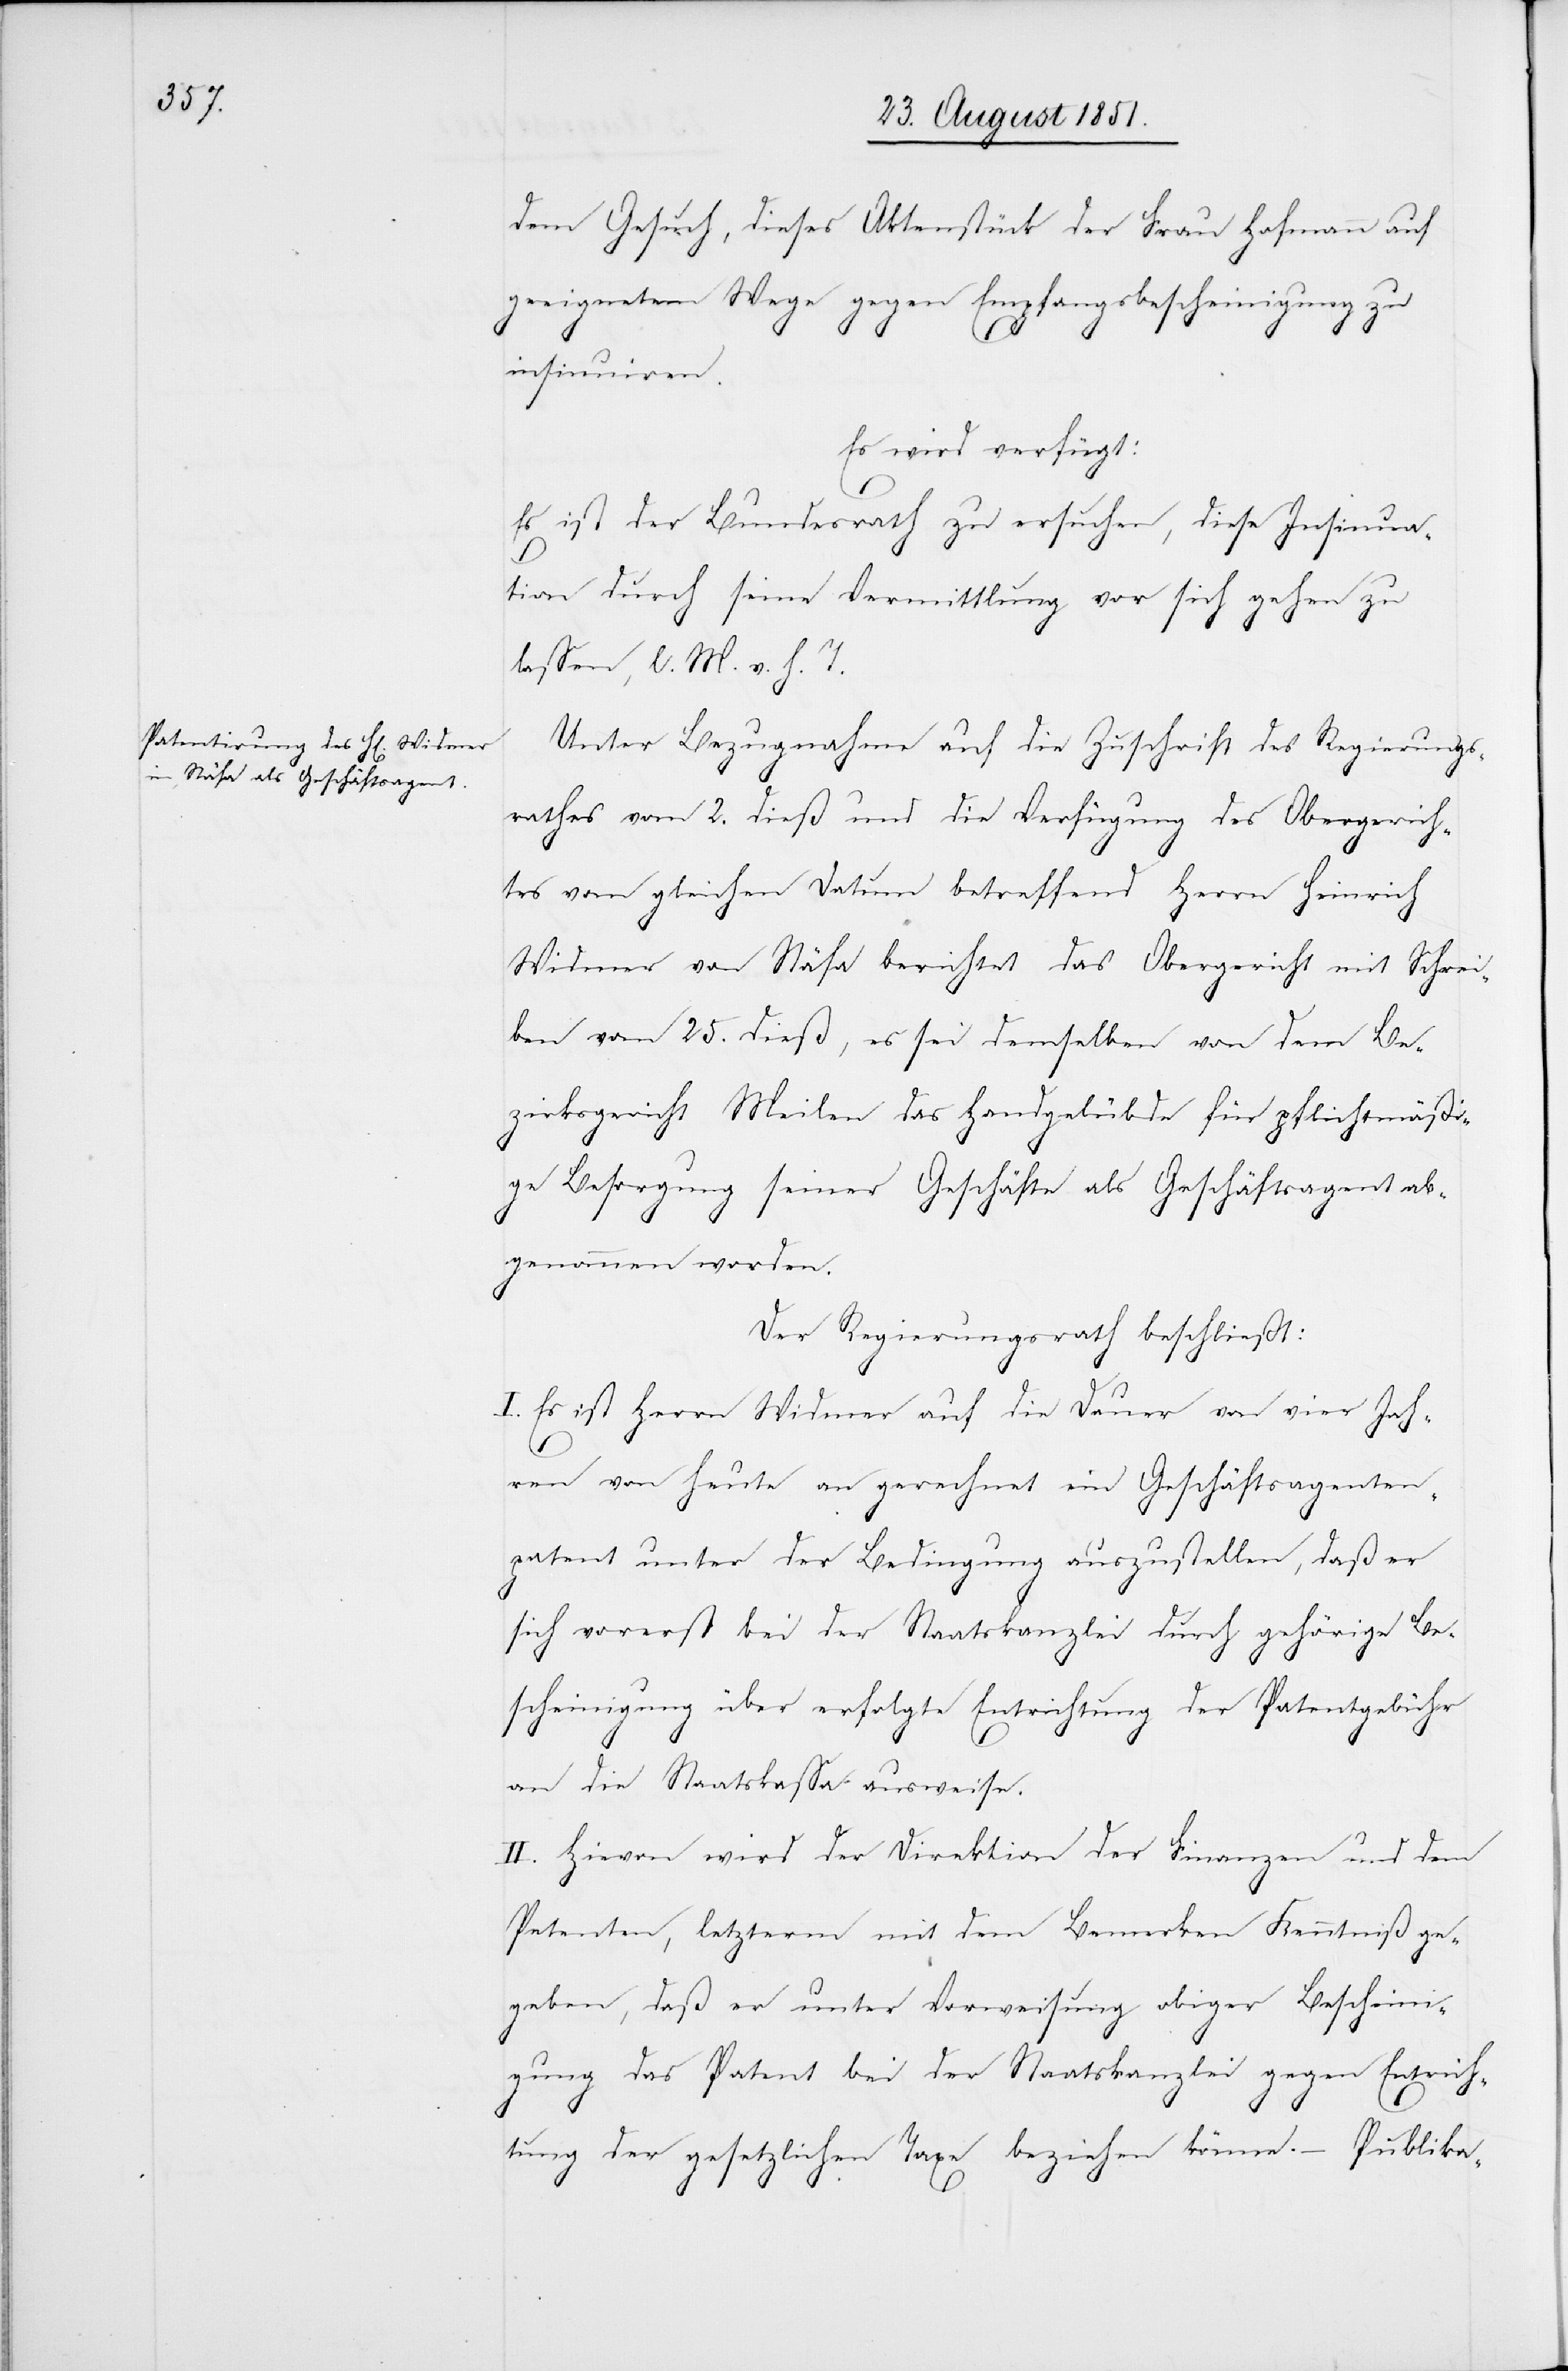
dem Gesuch, dieses Aktenstück der Frau Hofmann auf
geeignetem Wege gegen Empfangsbescheinigung zu
insinuiren.
Es wird verfügt:
Es ist der Bundesrath zu ersuchen, diese Insinua¬
tion durch seine Vermittlung vor sich gehen zu
lassen, l. M. v. h. T.
Unter Bezugnahme auf die Zuschrift des Regierungs¬
rathes vom 2. dieß und die Verfügung des Obergerich¬
tes vom gleichen Datum betreffend Herrn Heinrich
Widmer von Stäfa berichet das Obergericht mit Schrei¬
ben vom 25. dieß, es sei demselben von dem Be¬
zirksgericht Meilen das Handgelübde für pflichtmäßi¬
ge Besorgung seiner Geschäfte als Geschäftsagent ab¬
genommen worden.
Der Regierungsrath beschließt:
I. Es ist Herrn Widmer auf die Dauer von vier Jah¬
ren von heute an gerechnet ein Geschäftsagenten¬
patent unter der Bedingung auszustellen, daß er
sich vorerst bei der Staatskanzlei durch gehörige Be¬
scheinigung über erfolgte Entrichtung der Patentgebühr
an die Staatskassa ausweise.
II. Hievon wird der Direktion der Finanzen und dem
Petenten, letzterm mit dem Bemerken Kenntniß ge¬
geben, daß er unter Vorweisung obiger Bescheini¬
gung das Patent bei der Staatskanzlei gegen Entrich¬
tung der gesetzlichen Taxe beziehen könne. – Publika-